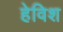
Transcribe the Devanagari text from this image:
हेविश